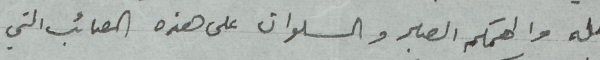
الله والهمكم الصبر والسلوان على هذه المصائب التي